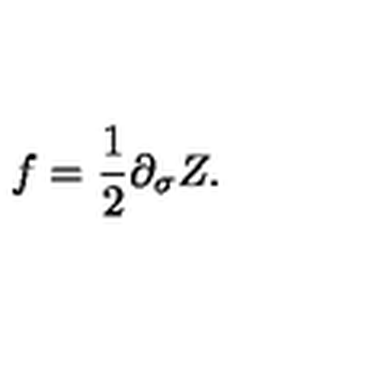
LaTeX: f = \frac { 1 } { 2 } \partial _ { \sigma } Z .